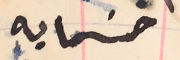
خمسمايه